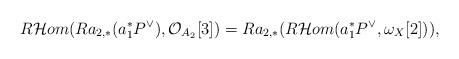
\begin{align*}R\mathcal{H}om(Ra_{2,*}(a_1^*P^{\vee}),\mathcal{O}_{A_2}[3])=Ra_{2,*}(R\mathcal{H}om(a_1^*P^{\vee},\omega_X[2])),\end{align*}